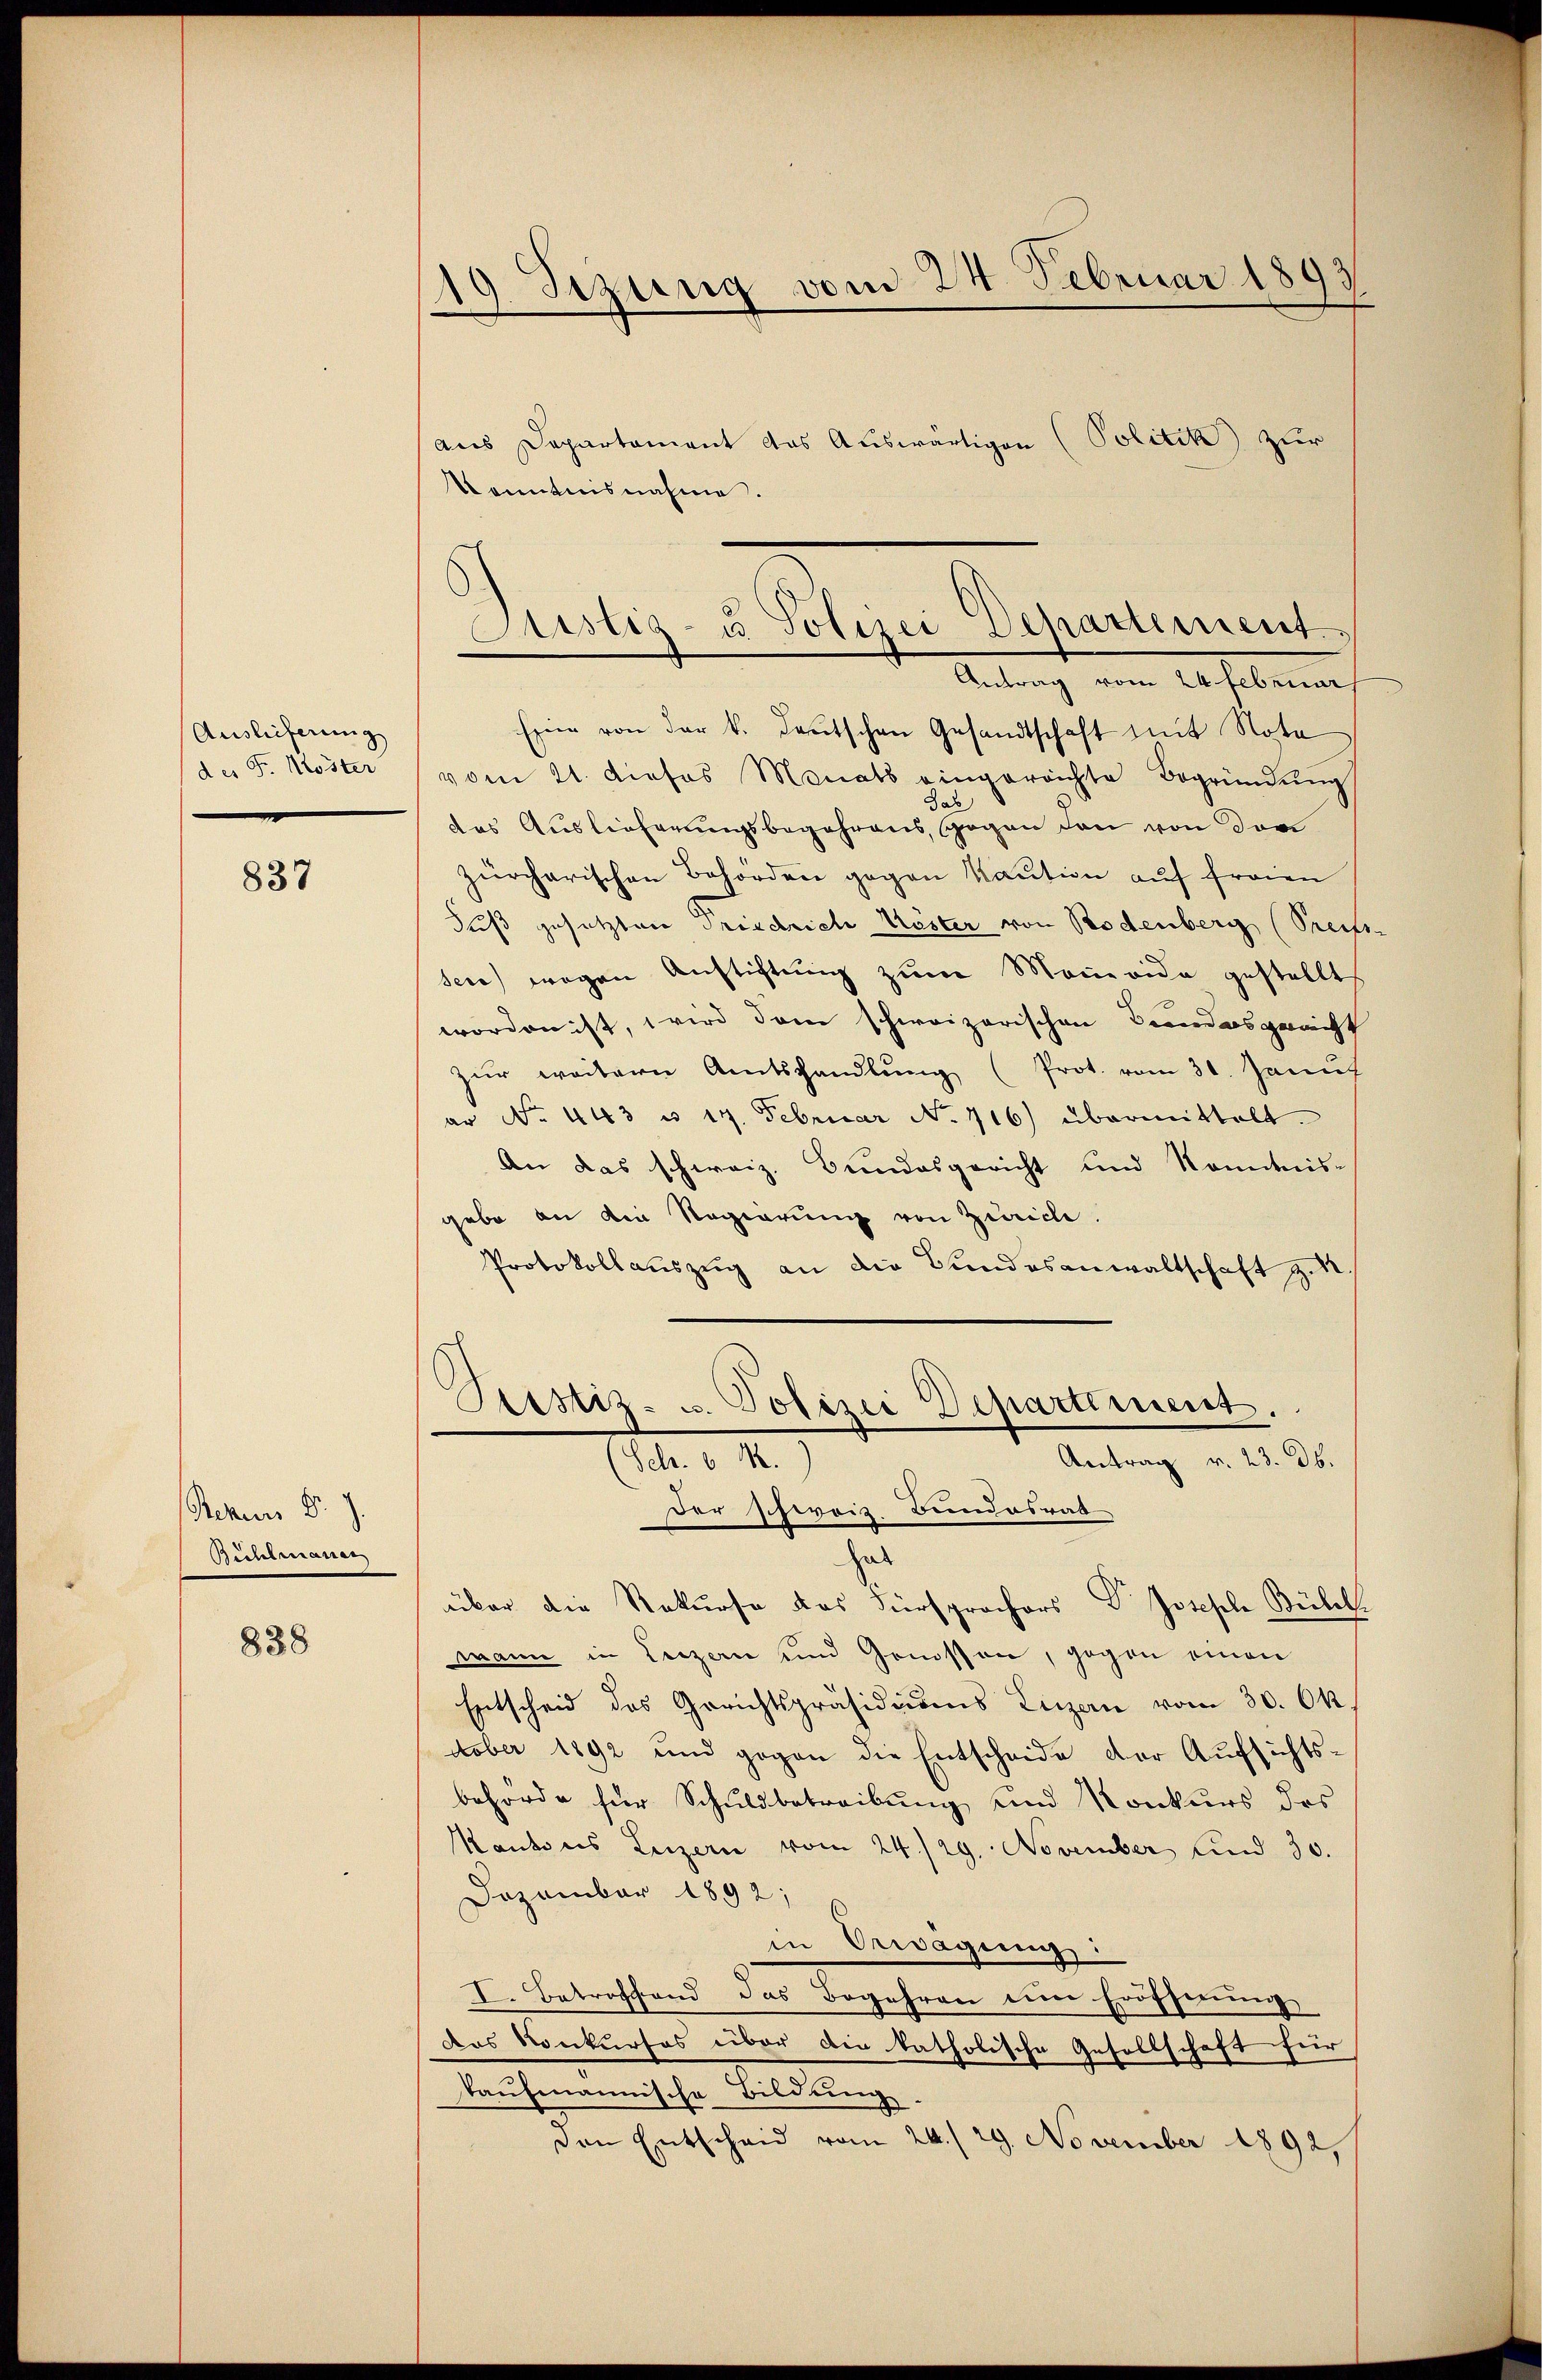
Auslieferung
des Fr. Köster

837

Rekurs d. J.
Bühlmann

838

)
19 Stzung vom 24. Februar 18

aus Departament das Auswärtigen (Politik zur
Kenntnisnahme.
Esein von der k. Teutschen Gesandtschaft mit Nota
vom 21. dieses Monats eingereichte Begründŭng
ab
das Auslieferungsbegehrens, sogen den von der
zürcherischen Behörden gegen Kaution aŭf freien
Fuß gesetzten Friedrich Unster von Bodenberg (Preis
see) wegen Anstiftung zum Moneoide gestellt
worden ist, wird dem schweizerischen Bundesgericht
zŭr weitern Amtshandlŭng (Prot. vom 31. Janus
ar No. 443 u. 17. Februar No 716) übermittelt.
An das schweiz. Bundesgericht und konntnis-
gabe an die Regierung von Zürich
Protokollaŭszŭg an die Bundesanwaltschaft zu.
Justiz- u. Polizei Departiment.
Antrag v. 23. ds.
(Schr. 6 R.)
der schweiz Bundesrat
hab
über die Rekurse das Fürsprochers Dr. Joseple Bühl
mann in Luzern und Genossen, gegen einen
Entscheid des Gerichtspräsidiums Luzern vom 30. Ok
dober 1892 und gegen die Entscheide der Aufsichtsbehörde für Schuldbetreibung und Konkurs des
Kantons Luzern vom 24./29. November und 30.
Dozambar 1892;
in Erwägung
I. Betroffend das Begehren eine Eröffnung
das Konkurses über die katholische Gesellschaft für
taŭfmannische Bildung.
Den Entscheid vom 24. / 29. November 1892,

Sistig- u Polizei Departement.
Antrag vom 24. Februar